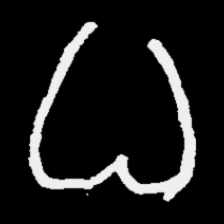
Pyu character \u2014 Myanmar letter: ဓ (romanized: dha)